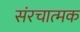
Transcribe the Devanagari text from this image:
संरचात्मक